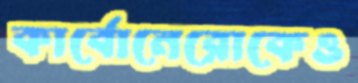
কার্বোনেরোকেও